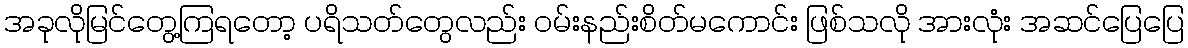
အခုလိုမြင်တွေ့ကြရတော့ ပရိသတ်တွေလည်း ဝမ်းနည်းစိတ်မကောင်း ဖြစ်သလို အားလုံး အဆင်ပြေပြေ